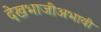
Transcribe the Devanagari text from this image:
देखभाजीअभावी